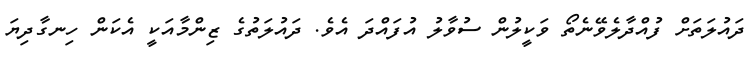
ދައުލަތަށް ފުއްދާލެވޭނެތޯ ވަކީލުން ސުވާލު އުފައްދަ އެވެ. ދައުލަތުގެ ޒިންމާއަކީ އެކަން ހިނގާދިޔަ